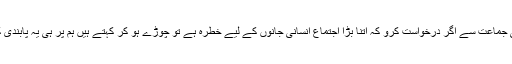
تبلیغی جماعت سے اگر درخواست کرو کہ اتنا بڑا اجتماع انسانی جانوں کے لیے خطرہ ہے تو چوڑے ہو کر کہتے ہیں ہم پر ہی یہ پابندی کیوں؟